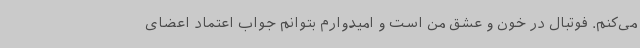
می‌کنم. فوتبال در خون و عشق من است و امیدوارم بتوانم جواب اعتماد اعضای